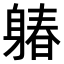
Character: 𨉩